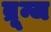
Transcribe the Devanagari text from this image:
ब्रून्ज